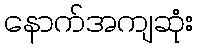
နောက်အကျဆုံး